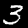
Label: 3